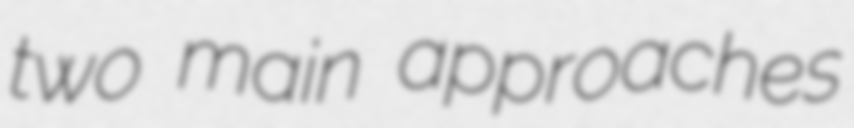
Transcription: two main approaches